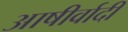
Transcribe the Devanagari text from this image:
आषीर्वादी